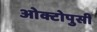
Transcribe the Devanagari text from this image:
ओक्टोपुसी